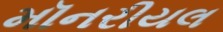
મૉનરીયલ